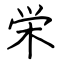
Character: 栄